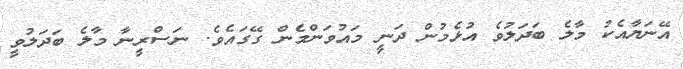
އޭނަޔާއެކު މާލެ ބަދަލުވެ އުޅެމުން ދަނީ މައުވަންމެން ގޭގައެވެ. ނަސްރީނާ މާލެ ބަދަލުވީ